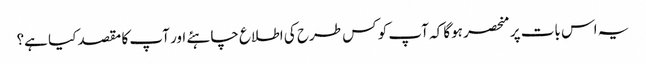
یہ اس بات پر منحصر ہوگا کہ آپ کو کس طرح کی اطلاع چاہئے اور آپ کا مقصد کیا ہے؟